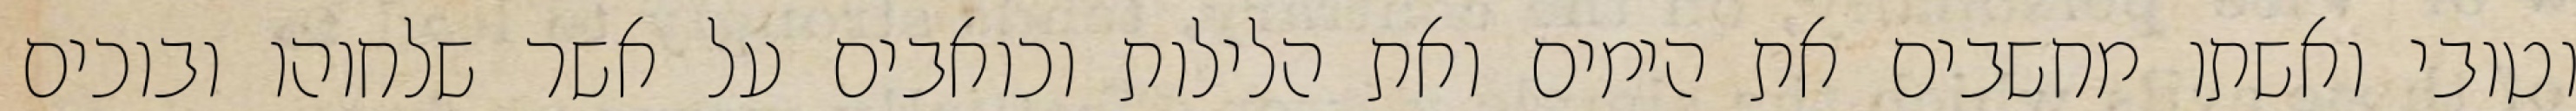
וטובי ואשתו מחשבים את הימים ואת הלילות וכואבים על אשר שלחוהו ובוכים